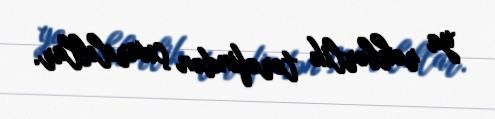
ya rəhbərlik tərəfindən çıxarılıblar.